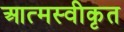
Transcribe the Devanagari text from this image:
आत्‍मस्‍वीकृत